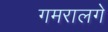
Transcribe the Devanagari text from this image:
गमरालगे